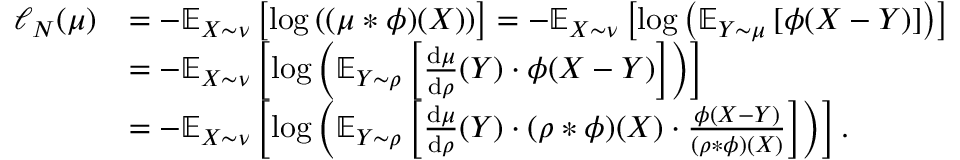
\begin{array} { r l } { \ell _ { N } ( \mu ) } & { = - \mathbb { E } _ { X \sim \nu } \left[ \log \left( ( \mu * \phi ) ( X ) \right) \right] = - \mathbb { E } _ { X \sim \nu } \left[ \log \left( \mathbb { E } _ { Y \sim \mu } \left[ \phi ( X - Y ) \right] \right) \right] } \\ & { = - \mathbb { E } _ { X \sim \nu } \left[ \log \left( \mathbb { E } _ { Y \sim \rho } \left[ \frac { \mathrm { d } \mu } { \mathrm { d } \rho } ( Y ) \cdot \phi ( X - Y ) \right] \right) \right] } \\ & { = - \mathbb { E } _ { X \sim \nu } \left[ \log \left( \mathbb { E } _ { Y \sim \rho } \left[ \frac { \mathrm { d } \mu } { \mathrm { d } \rho } ( Y ) \cdot ( \rho * \phi ) ( X ) \cdot \frac { \phi ( X - Y ) } { ( \rho * \phi ) ( X ) } \right] \right) \right] . } \end{array}